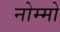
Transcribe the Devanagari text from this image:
नोम्मो